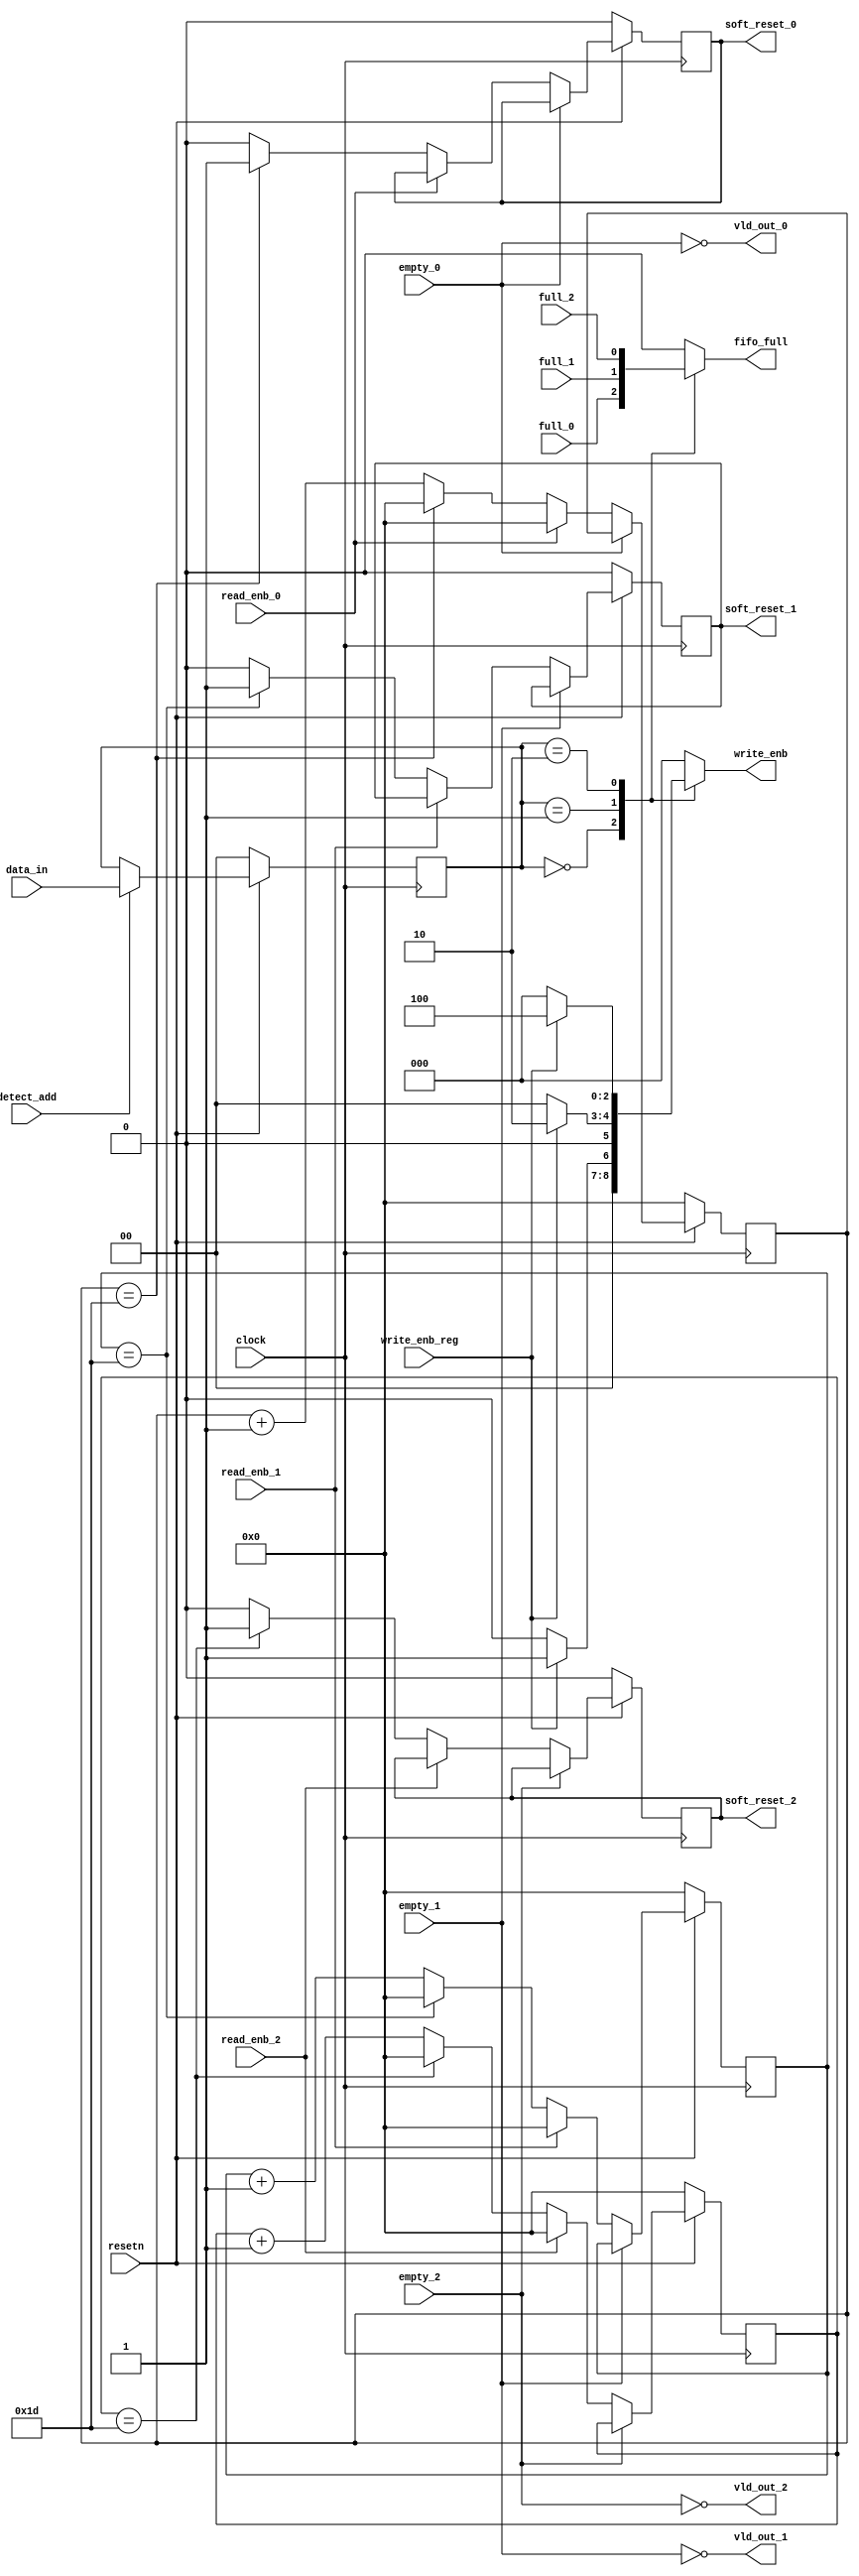

module router_sync(clock,resetn,data_in,detect_add,full_0,full_1,full_2,empty_0,empty_1,empty_2,write_enb_reg,read_enb_0,read_enb_1,read_enb_2,write_enb,fifo_full,vld_out_0,vld_out_1,vld_out_2,soft_reset_0,soft_reset_1,soft_reset_2);


input clock,resetn,detect_add,full_0,full_1,full_2,empty_0,empty_1,empty_2,write_enb_reg,read_enb_0,read_enb_1,read_enb_2;
input [1:0]data_in;
output reg[2:0]write_enb;
output reg fifo_full,soft_reset_0,soft_reset_1,soft_reset_2;
output vld_out_0,vld_out_1,vld_out_2;

  reg [1:0] data_in_tmp;
  reg[4:0]count0,count1,count2;
  
  always@(posedge clock)
  begin
    if(~resetn)
    data_in_tmp<=0;
    else if(detect_add)
    data_in_tmp<=data_in;
  end
  
  
  
//-----------Address decoding & fifo empty ---------------
always@(*)
  begin
    case(data_in_tmp)
    2'b00:begin
	  fifo_full<=full_0;
	  if(write_enb_reg)
	  write_enb<=3'b001;
	  else
	  write_enb<=0;
	  end
    2'b01:begin
	  fifo_full<=full_1;
	  if(write_enb_reg)
	  write_enb<=3'b010;
	  else
	  write_enb<=0;
	  end
    2'b10:begin
	  fifo_full<=full_2;
	  if(write_enb_reg)
	  write_enb<=3'b100;
	  else
	  write_enb<=0;
	  end
    default:begin
	  fifo_full<=0;
	  write_enb<=0;
	  end
    endcase
  end
  
  
  
//-----------------------------------Valid Byte block----------------------------------

assign vld_out_0 = (~empty_0);
assign vld_out_1 = (~empty_1);
assign vld_out_2 = (~empty_2);

  
//-----------------------------------Soft Reset block----------------------------------

always@(posedge clock)
  begin
  
  if(~resetn)
  begin
  count0<=0;
  soft_reset_0<=0;
  end

  else if(vld_out_0)
  begin
  if(~read_enb_0)
   
    begin
    if(count0==29)
      begin
      soft_reset_0<=1'b1;
      count0<=0;
      end
    else
      begin
      soft_reset_0<=1'b0;
      count0<=count0+1'b1;
      end
    end
  else
  count0<=0;
  end
  end

always@(posedge clock)
  begin
  
  if(~resetn)
  begin
  count1<=0;
  soft_reset_1<=0;
  end

  else if(vld_out_1)
  begin
  if(~read_enb_1)
   
    begin
    if(count1==29)
      begin
      soft_reset_1<=1'b1;
      count1<=0;
      end
    else
      begin
      soft_reset_1<=1'b0;
      count1<=count1+1'b1;
      end
    end
  else
  count1<=0;
  end
  end

always@(posedge clock)
  begin
  
  if(~resetn)
  begin
  count2<=0;
  soft_reset_2<=0;
  end

  else if(vld_out_2)
  begin
  if(~read_enb_2)
   
    begin
    if(count2==29)
      begin
      soft_reset_2<=1'b1;
      count2<=0;
      end
    else
      begin
      soft_reset_2<=1'b0;
      count2<=count2+1'b1;
      end
    end
  else
  count2<=0;
  end
  end

endmodule